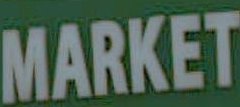
MARKET